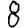
Digit: 8